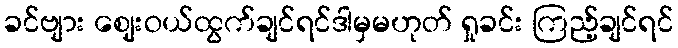
ခင်ဗျား ဈေးဝယ်ထွက်ချင်ရင်ဒါမှမဟုတ် ရှုခင်း ကြည့်ချင်ရင်